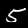
Digit: 5